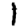
Digit: 1